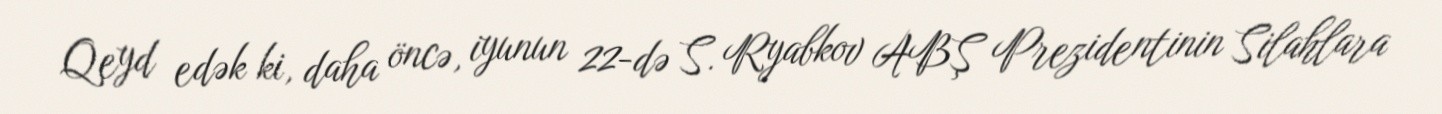
Qeyd edək ki, daha öncə, iyunun 22-də S. Ryabkov ABŞ Prezidentinin Silahlara